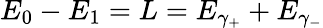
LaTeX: E_{0}-E_{1}=L=E_{\gamma_{+}}+E_{\gamma_{-}}